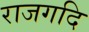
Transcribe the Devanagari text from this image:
राजगदि